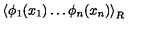
\left\langle \phi _ { 1 } ( x _ { 1 } ) \ldots \phi _ { n } ( x _ { n } ) \right\rangle _ { R }